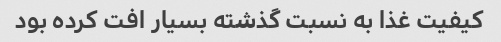
کیفیت غذا به نسبت گذشته بسیار افت کرده بود